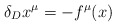
\begin{align*}\delta_D x^\mu = - f^\mu (x)\end{align*}